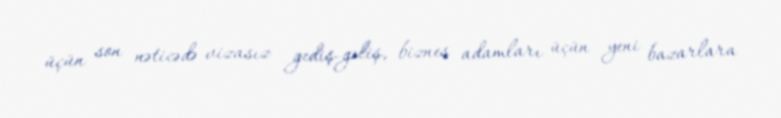
üçün son nəticədə vizasız gediş-gəliş, biznes adamları üçün yeni bazarlara